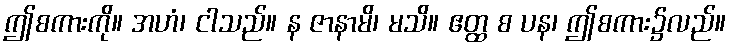
ဤစကားကို။ အဟံ၊ ငါသည်။ န ဇာနာမိ၊ မသိ။ ဧတ္ထ စ ပန၊ ဤစကား၌လည်။